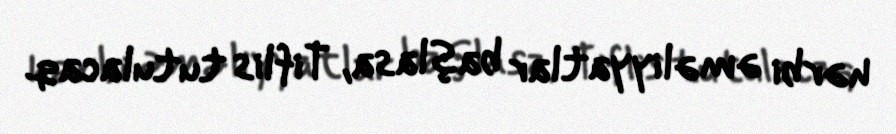
hərbi əməliyyatlar başlasa, Tiflis tutulacaq.